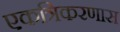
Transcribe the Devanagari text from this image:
एकत्रिकरणास